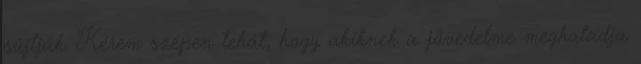
sújtják. Kérem szépen tehát, hogy akiknek a jövedelme meghaladja